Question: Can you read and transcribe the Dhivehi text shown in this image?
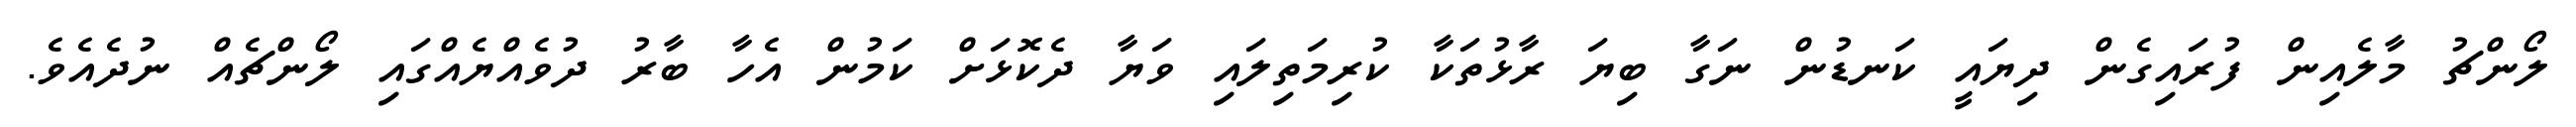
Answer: ލޯންޗު މާލެއިން ފުރައިގެން ދިޔައީ ކަނޑުން ނަގާ ބިޔަ ރާޅުތަކާ ކުރިމަތިލައި ވަޔާ ދެކޮޅަށް ކަމުން އެހާ ބާރު ދުވެއްޔެއްގައި ލޯންޗެއް ނުދެއެވެ.